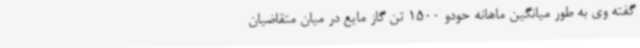
گفته وی به طور میانگین ماهانه حودو 1500 تن گاز مایع در میان متقاضیان